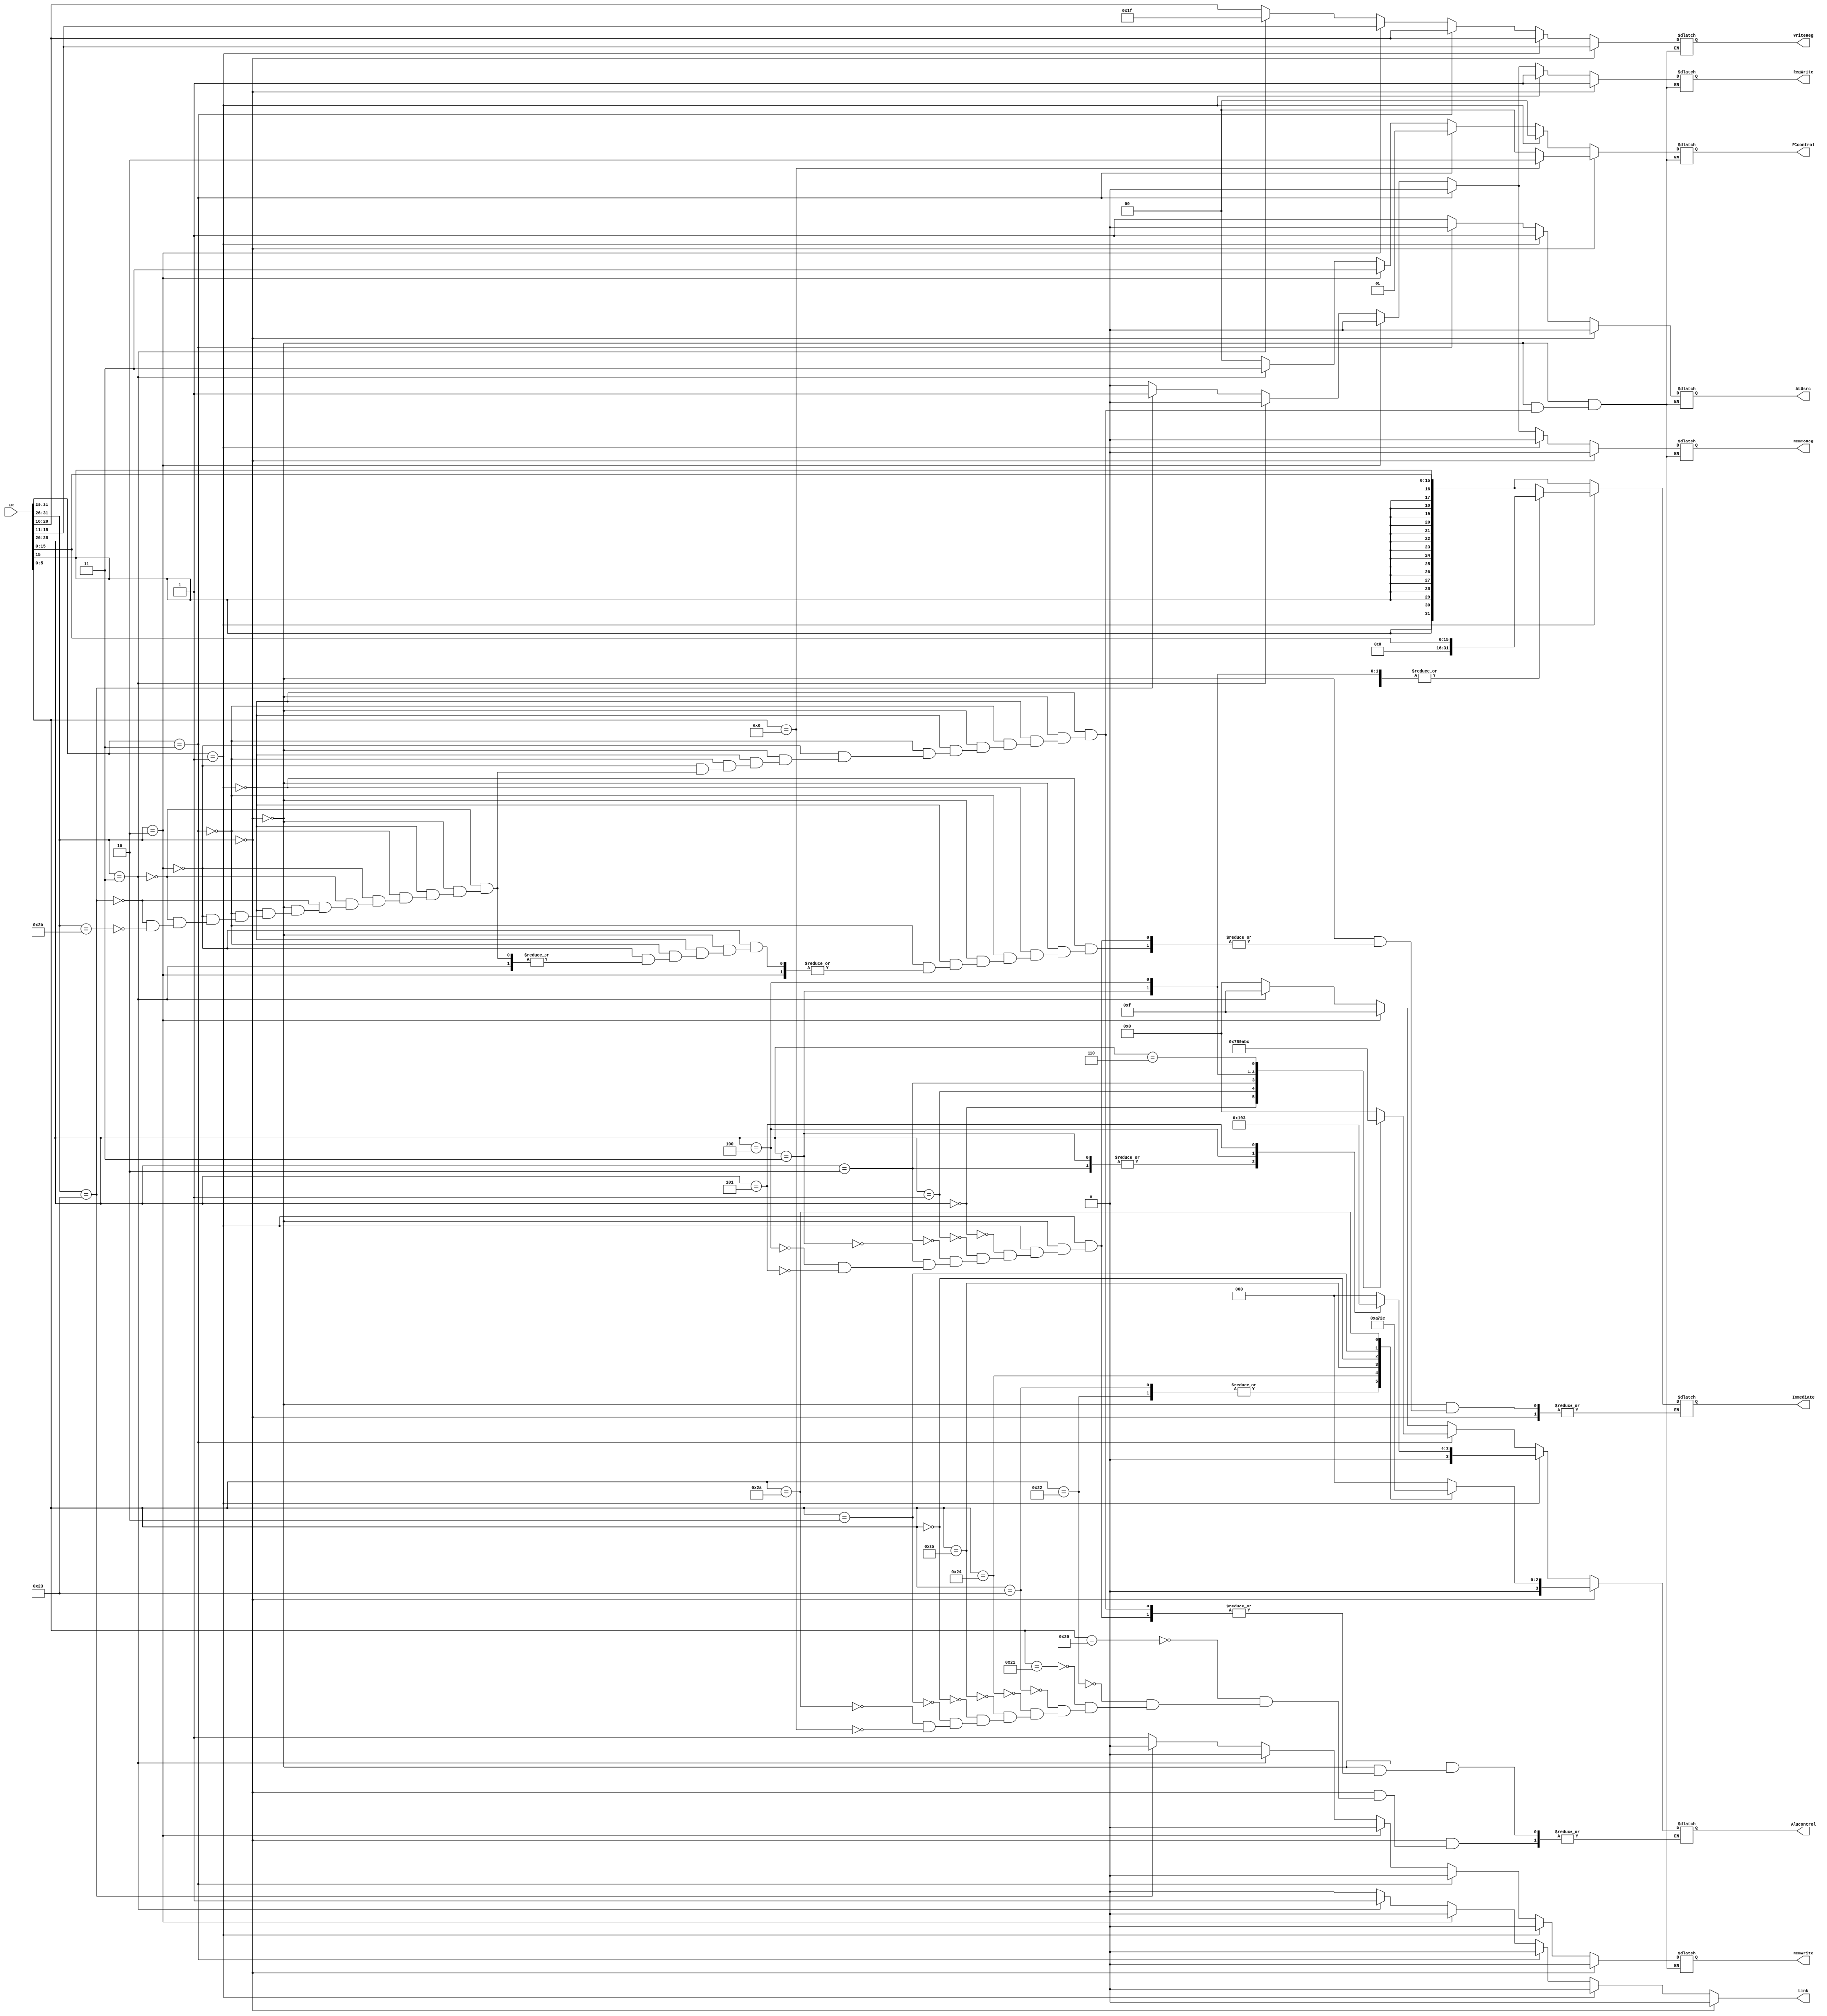
// Ashish Meena (210214)
// Yuvraj Kharayat (211208)

`timescale 1ns/1ps

module control (IR , PCcontrol, Alucontrol, WriteReg, ALUsrc, MemWrite, MemToReg, RegWrite, Link, Immediate);

// input signals
input wire[31:0] IR;

// output signals
output reg[1:0] PCcontrol;
output reg[3:0] Alucontrol;
output reg[4:0] WriteReg;
output reg ALUsrc, MemWrite, MemToReg, RegWrite, Link;
output reg[31:0] Immediate;

// signals to decode the instruction
wire[31:0] signed_im, unsigned_im;
assign signed_im = { {16{IR[15]}} , IR[15:0]};
assign unsigned_im = { 16'd0 , IR[15:0]};
wire [4:0] rs,rt,rd;
assign rs = IR[25:21];
assign rt = IR[20:16];
assign rd = IR[15:11];

// constants and parameters to represent operations and instruction types
parameter RFORMAT = 1'b0;
parameter IFORMAT = 1'b1;
localparam ADD_FUNC =  {3'd4,3'd0};
localparam SUB_FUNC = {3'd4,3'd2};
localparam ADDU_FUNC= {3'd4,3'd1};
localparam SUBU_FUNC ={3'd4,3'd3};
localparam AND_FUNC ={3'd4,3'd4};
localparam OR_FUNC ={3'd4,3'd5};
localparam SLL_FUNC ={3'd0,3'd0};
localparam SRL_FUNC ={3'd0,3'd2};
localparam SLT_FUNC ={3'd5,3'd2};
parameter ADD = 0;
parameter SUB = 1;
parameter AND = 2;
parameter OR = 3;
parameter SLL = 4;
parameter SRL = 5;
parameter SLT = 6;

// decode the instruction and set control signals
always@(IR) begin
    Link = 0;

    // R-format instructions
    if(IR[31:26] == 6'b000000) begin
        PCcontrol = 0;
        WriteReg = rd;
        ALUsrc = RFORMAT;
        MemWrite = 0;
        MemToReg = 0;
        RegWrite = 1;

        // set Alucontrol based on function code
        case(IR[5:0])
        ADD_FUNC: Alucontrol = 0;
        SUB_FUNC: Alucontrol = 1;
        ADDU_FUNC: Alucontrol = 0;
        SUBU_FUNC: Alucontrol = 1;
        AND_FUNC: Alucontrol = 2;
        OR_FUNC: Alucontrol = 3;
        SLL_FUNC: Alucontrol = 4;
        SRL_FUNC: Alucontrol = 5;
        SLT_FUNC: Alucontrol = 6;
        6'b001_000: begin   //jr instruction
            PCcontrol = 2;
            Alucontrol = 0;
        end
        endcase 
    end

    // I-format instructions
    else if (IR[31:29] == 3'b001) begin
        PCcontrol = 0;
        WriteReg = rt;
        ALUsrc = IFORMAT;
        MemWrite = 0;
        MemToReg = 0;
        RegWrite = 1;

        // set Immediate and Alucontrol based on opcode
        case(IR[28:26])
            3'b000: begin//add
                Immediate = signed_im;
                Alucontrol = 0;
            end
            3'b001:begin    //addiu
                Immediate = unsigned_im;
                Alucontrol = 0;
            end
            3'b010:begin    //slti
                Immediate = signed_im;
                Alucontrol = 6;
            end
            3'b011:begin    //sltiu
                Immediate = unsigned_im;
                Alucontrol = 6;
            end
            3'b100:begin    //andi
                Immediate = unsigned_im;
                Alucontrol = 2;
            end
            3'b101:begin    //ori
                Immediate = unsigned_im;
                Alucontrol = 3;
            end
        endcase        
    end

    else if (IR[31:29]==3'b011) begin  //branch
        PCcontrol = 1;
        WriteReg = rt;
        ALUsrc = RFORMAT;
        Alucontrol = 0;
        MemWrite = 0;
        MemToReg = 0;
        RegWrite = 0;
        Immediate = signed_im;     

        case(IR[28:26])
        3'b000: //beq
            Alucontrol = 7;
        3'b001: //bne
            Alucontrol = 8;
        3'b010: //bgt
            Alucontrol = 9;
        3'b011: //bgte
            Alucontrol = 10;
        3'b100: //ble
            Alucontrol = 11;
        3'b110: //bleq
            Alucontrol = 12;
        endcase

    end

    else if (IR[31:26]==2) begin    //j
        PCcontrol = 3;
        WriteReg = rd;  
        ALUsrc = IFORMAT;   
        Alucontrol = 15;     
        MemWrite = 0;
        MemToReg = 0;
        RegWrite = 0;
    end

    else if (IR[31:26]==3) begin    //jal
        PCcontrol = 3;
        WriteReg = 31;  
        ALUsrc = IFORMAT;  
        Alucontrol = 15; 
        MemWrite = 0;
        MemToReg = 0;
        RegWrite = 0;
        Link = 1;
    end
    else if (IR[31:26]==6'b100011) begin  //lw
        PCcontrol = 0;
        WriteReg = rt;
        ALUsrc = IFORMAT;
        Alucontrol = 0;    //add
        MemWrite = 0;
        MemToReg = 1;
        RegWrite = 1;    
        Immediate = signed_im;     
    end

    else if (IR[31:26]==6'b101011) begin  //sw
        PCcontrol = 0;
        WriteReg = rt;
        ALUsrc = IFORMAT;
        Alucontrol = 0;    //add
        MemWrite = 1;
        MemToReg = 0;
        RegWrite = 0; 
        Immediate = signed_im;        
    end
    
end
endmodule